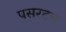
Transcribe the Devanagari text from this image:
पसरटच